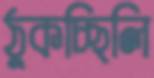
ঠুকচ্ছিলি